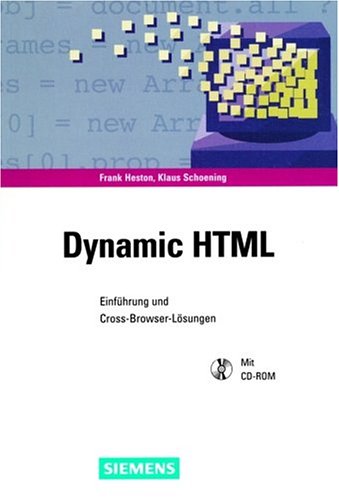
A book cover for Dynamic HTML: EinfÃ¼hrung und Cross-Browser-LÃ¶sungen (German Edition); Frank Heston; Computers & Technology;